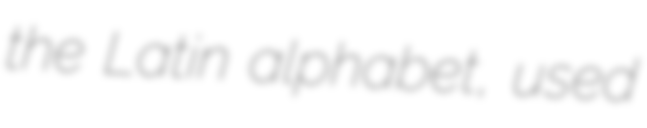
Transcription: the Latin alphabet, used